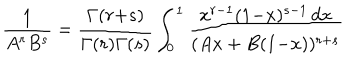
LaTeX: \frac { 1 } { A ^ { r } B ^ { s } } = \frac { \Gamma ( r { + } s ) } { \Gamma ( r ) \Gamma ( s ) } \int _ { 0 } ^ { 1 } \frac { x ^ { r - 1 } ( 1 { - } x ) ^ { s - 1 } \, d x } { ( A x + B ( 1 { - } x ) ) ^ { r + s } }